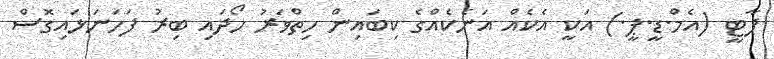
ޕާޓީ (އެމް.ޑީ.ޕީ.) އަކީ އެކެއް އަނެކެއްގެ ކިބައިން ހިތްވަރު ހޯދައި ބިރު ފަހަނަޅައިގޮސް